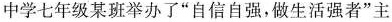
中学七年级某班举办了”自信自强，做生活强者”主